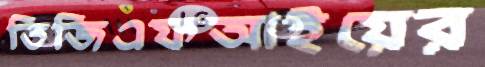
ডিজিএফআইয়ের